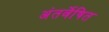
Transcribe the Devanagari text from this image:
अंतर्वेषित